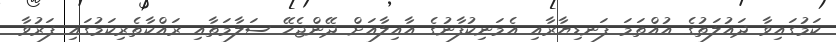
ކަމުގައިވާ ދައުލަތުގެ އުއްތަމަ ފަނޑިޔާރާއި އެމަނިކުފާނުގެ އާއިލާއަށް ދޭންޖެހޭ ސަލާމަތާއި ރައްކާތެރިކަމުގައި ފަރުވާ